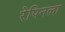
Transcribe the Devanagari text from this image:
रेपिनला